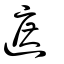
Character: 遮